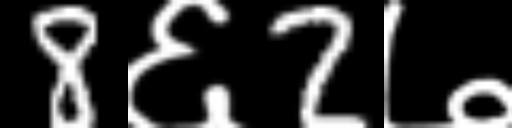
Text: 8६2७